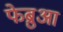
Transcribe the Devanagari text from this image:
फेब्रुआ